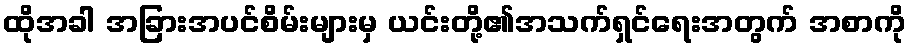
ထိုအခါ အခြားအပင်စိမ်းများမှ ယင်းတို့၏အသက်ရှင်ရေးအတွက် အစာကို